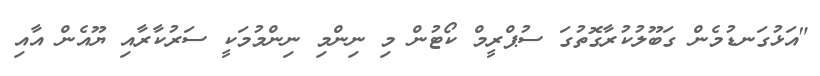
"އަޅުގަނޑުމެން ގަބޫލުކުރާގޮތުގަ ސުޕްރީމް ކޯޓުން މި ނިންމި ނިންމުމަކީ ސަރުކާރާއި ޔޫއެން އާއި